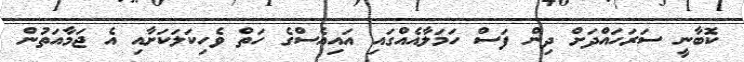
ކޮބާނީ ސަރަހައްދަށް ދިން ފަސް ހަމަލާއެއްގައި އައިއެސްގެ ހަތް ވެހިކަލަކަށާއި އެ ޖަމާއަތުން